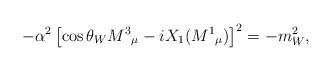
LaTeX: \begin{align*}- \alpha ^{2}\left[ \cos \theta_{W} M^{3}{}_{\mu }-iX_{1}(M^{1}{}_{\mu })\right] ^{2}=-m_{W}^{2},\end{align*}